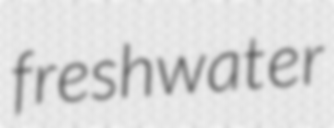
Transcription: freshwater